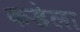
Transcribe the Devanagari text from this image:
कड़ेला